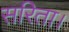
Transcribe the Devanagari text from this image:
सरिता।